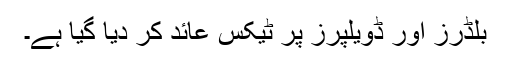
بلڈرز اور ڈویلپرز پر ٹیکس عائد کر دیا گیا ہے۔